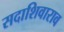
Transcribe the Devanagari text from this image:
सदाशिवाराव